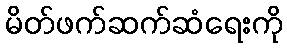
မိတ်ဖက်ဆက်ဆံရေးကို